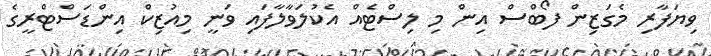
ވިޔަފާރި މެގަޒިން ފޯބްސް އިން މި ލިސްޓެއް އެކުލަވާލާފައި ވަނީ މިއުޒިކް އިންޑަސްޓްރީގެ